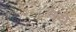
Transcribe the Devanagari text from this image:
ड्ये